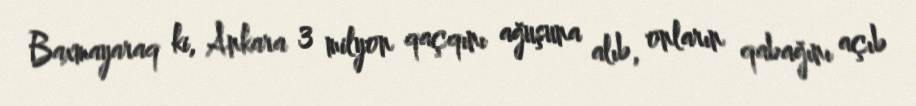
Baxmayaraq ki, Ankara 3 milyon qaçqını ağuşuna alıb, onların qabağını açıb